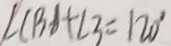
\angle C B A + \angle 3 = 1 2 0 ^ { \circ }